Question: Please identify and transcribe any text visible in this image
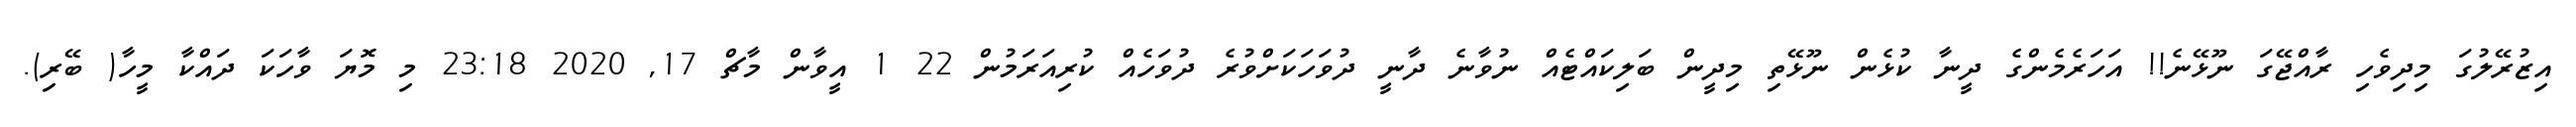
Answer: އިޒުރޭލުގަ މިދިވެހި ރާއްޖޭގަ ނޫޅޭނެ!! އަހަރެމެންގެ ދީނާ ކުޅެން ނޫޅޭތި މިދީން ބަލިކައްޓެއް ނުވާނެ ދާނީ ދުވަހަކަށްވުރެ ދުވަހެއް ކުރިއަރަމުން 22 1 އީވާން މާޗް 17, 2020 23:18 މި މޮޔަ ވާހަކަ ދައްކާ މީހާ( ބޭރި).